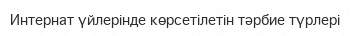
Интернат үйлерінде көрсетілетін тәрбие түрлері